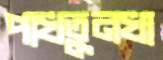
পাখতুনখা